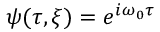
\psi ( \tau , \xi ) = e ^ { i \omega _ { 0 } \tau }